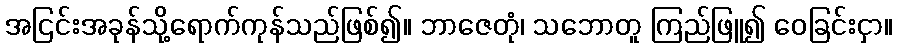
အငြင်းအခုန်သို့ရောက်ကုန်သည်ဖြစ်၍။ ဘာဇေတုံ၊ သဘောတူ ကြည်ဖြူ၍ ဝေခြင်းငှာ။